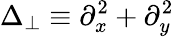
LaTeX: \Delta_{\perp}\equiv\partial_{x}^{2}+\partial_{y}^{2}